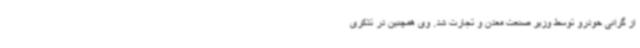
از گرانی خودرو توسط وزیر صنعت معدن و تجارت شد. وی همچنین در تذکری